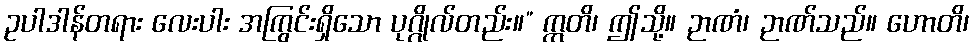
ဥပါဒါန်တရား လေးပါး အကြွင်းရှိသော ပုဂ္ဂိုလ်တည်း။” ဣတိ၊ ဤသို့။ ဉာဏံ၊ ဉာဏ်သည်။ ဟောတိ၊